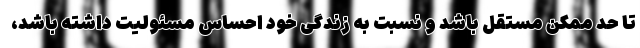
تا حد ممکن مستقل باشد و نسبت به زندگی خود احساس مسئولیت داشته باشد،